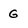
Character: G